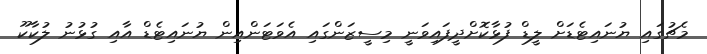
މެޗުގައި ޔުނައިޓެޑަށް ލީޑް ފުޅާކޮށްދީފައިވަނީ މިސީޒަންގައި އެވަޓަންއިން ޔުނައިޓެޑް އާއި ގުޅުނު ލުކާކޫ